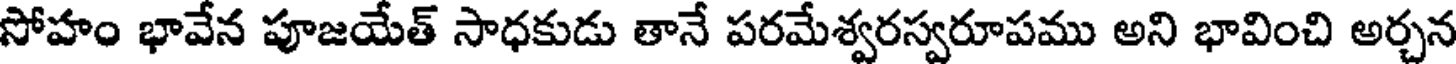
సోహం భావేన పూజయేత్ సాధకుడు తానే పరమేశ్వరస్వరూపము అని భావించి అర్చన